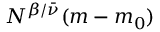
N ^ { \beta / { \bar { \nu } } } ( m - m _ { 0 } )